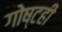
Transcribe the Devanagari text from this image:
गोष्टही